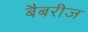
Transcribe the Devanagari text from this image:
बैबरीज